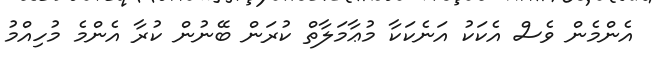
އެންމެން ވެސް އެކަކު އަނެކަކާ މުޢާމަލާތް ކުރަން ބޭނުން ކުރާ އެންމެ މުހިއްމު